Annual report on the working of the lock hospitals in the North-Western Provinces and Oudh
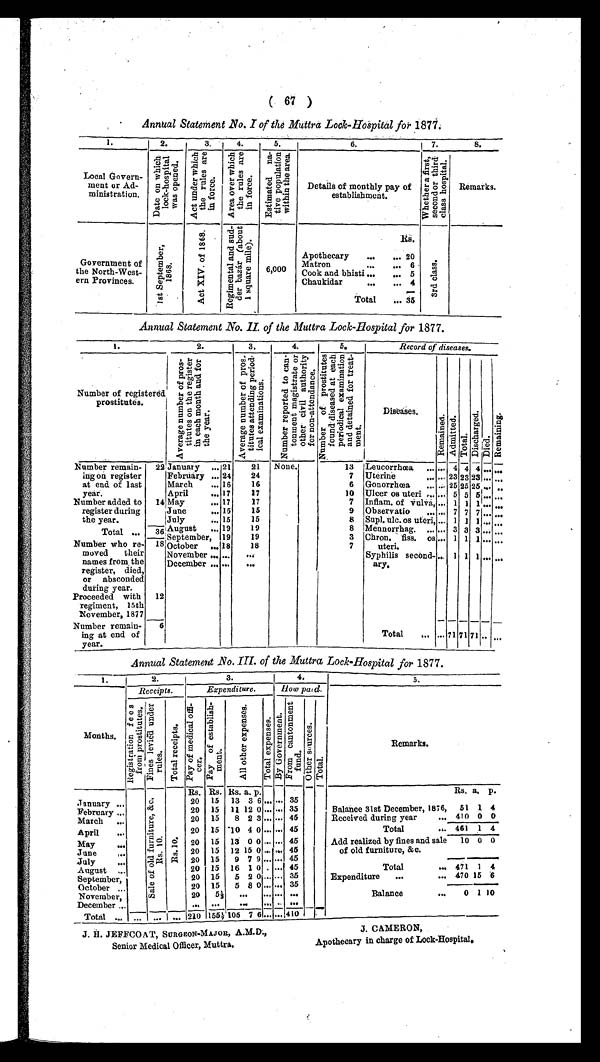
( 67 )
Annual Statement No. I of the Muttra Lock-Hospital for 1877.
1.
2.
3.
4.
5.
6.
7.
8.
Local Govern-
meat or Ad-
ministration.
D a t e o n w h i c h l o c k - h o s p i t a l w a s o p e n e d .
A c t u n d e r w h i c h t h e r u l e s a r e i n f o r c e .
A r e a o v e r w h i c h t h e r u l e s a r e i n f o r c e .
E s t i m a t e d n a t i v e p o p u l a t i o n w i t h i n t h e a r e a .
Details of monthly pay of
establishment.
W h e t h e r a f i r s t , s e c o n d o r t h i r d c l a s s h o s p i t a l .
Remarks.
Government of
the North-West-
ern Provinces.
1 s t s e p t e m b e r , 1 8 6 8 .
A c t X I V o f 1 8 6 8 . R e g i m e n t a l a n d s u d d e r b a z á r ( a b o u t 1 s q u a r e m i l e ) .
6,000
R s .
3 r d c l a s s .
Apothecary ... ... 20
Matron
... ... 6
Cook and bhisti ... ... 5
Chaukidar
... ... 4
Total ... 35
Annual Statement No. II. of the Muttra Lock-Hospital for 1877.
1.
2.
3,
4.
5.
Record of diseases.
Number of registered
prostitutes.
A v e r a g e n u m b e r o f p r o s t i t u t e s o n t h e r e g i s t e r i n e a c h m o n t h a n d f o r t h e y e a r .
A v e r a g e n u m b e r o f p r o s t i t u t e s a t t e n d i n g p e r i o d i c a l e x a m i n a t i o n s .
N u m b e r r e p o r t e d t o c a n t o n m e n t m a g i s t r a t e o r o t h e r c i v i l a u t h o r i t y f o r n o n - a t t e n d a n c e .
Diseases.
R e m a i n e d . A d m i t t e d .
T o t a l .
D i s c h a r g e d .
D i e d .
R e m a i n i n g .
- - -
Number remain-
mug on register
at end of last
year.
22 January ,.. 21 21 None.
13 Leucorrhcea ...... - - 4 - 4 4 ......
February ... 24 24
7 Uterine
...... 23 23 23 ... ..,
March ... 16 16
6 Gonorrhoea ...... 25 25 25 ... ..
April ... 17 17
10 Ulcer os uteri ... ... 5 5 5 .,. ...
Number added to
register during
the year.
14, May
,.. 17 17
7 Inflam. of Vulva, ... 1 1 1 ... ..,
iJune
... 15 15
9 Observatio ... .., 7 7 7 ... ,..
(July
... 15 15
8 Supl.ulc.os uteri, ... 1 1 1 ... ...
Total ...
Number who re-
moved their
names from the
register, died,
or absconded
during year.
--- nlAugust ... 19 19
8 Mennorrhag. ... ... 3 3 3 ... ...
September, v .19 19
3 Chron. fiss. o s
uteri.
... 1 1 1 ... ...
18
7
18'October ...
18
November ......
. . .
Syphilis second-
ary.
. 1 1 1 ... ,..
December ... ... ...
Proceeded with
regiment, 15th
November, 1877
12
_ ___
Number remain-
ing at end of
year.
6
Total ... ... 71
_
71 71
_
.. ...
Annual Statement No. III. of the Muttra Lock-Hospital for 1877.
1.
2.
I
3
4.
5.
-
Expenditure.
Receipts.
How paid.
Remarks.
Months.
R e g i s t r a t i o n f e e s f r o m p r o s t i t u t e s .
F i n e s l e v i e d u n d e r r u l e s .
T o t a l r e c e i p t s .
P a y o f m e d i c a l o f f i - c e r . P a y o f e s t a b l i s h -
m e n t .
A l l o t h e r e x p e n s e s .
T o t a l e x p e n s e s . B y G o v e r m e n t .
F r o m c a n t o n m e n t f u n d .
O t h e r s o u r c e s .
T o t a l .
-
-.
January ..,
-_
c. 5
d4
r . . .
..... . . . ,
g .
w -
. 1.
. . . cr i
- ^-'
-6"""4 4- 1
0
0 ct i
cn
----
.
0
- .
ni
g
..„--- Es. Rs. Its. a. p.
Es. a. p.
20 15 13 3 6 ... ... 35
20 15 11 12 0 ,.. ... 35
Balance 31st December, 1876, 51 1 4
February ...
20 15 8 2 3 ... ... 45
Received during year ... 410 0 0
March ...
20 15 "10 4 0 . . . ... 45
Total
.a. 461 1 4
April
. . .
20 15 IS 0 0 ... ... 45
Add realized by fines and sale
of old furniture, &c.
10 o o
May
20 15 12 15 0 ... ... 45
June i
20 15 9 7 9 ...... 45
July ...
20 15 16 1 0 . .., 45
Total
... 471 1 4
August ...
20 15 5 2 0 ... ... 35
Expenditure ...
... 470 15 . 6
September,
2 15 5 8 0 ...... 35
0 1
-,
10
October ...
20 51 ... ... . . . ...
Balance
...
November,
_ ....._ _ _ __ n n . . .
December ...
' r.,+ 0 1
-I ___ 910 155;105 7 6 ......,410
J. H. JEFFCOAT, SURGEON-MAJOR, A.M.D., J. CAMERON,
Senior Medical Officer, Muttra.
Apothecary in charge of Lock-Hospital.